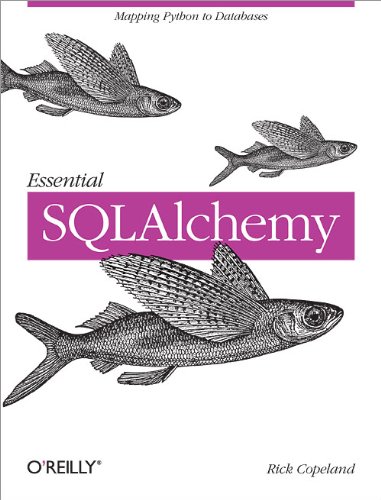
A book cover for Essential SQLAlchemy; Rick Copeland; Computers & Technology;